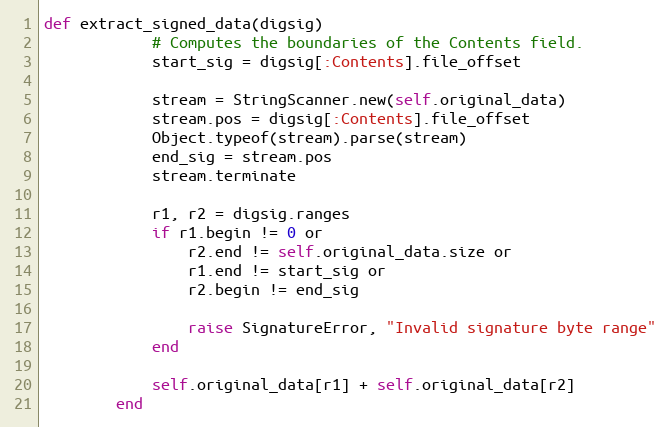
Language: Ruby
def extract_signed_data(digsig)
            # Computes the boundaries of the Contents field.
            start_sig = digsig[:Contents].file_offset

            stream = StringScanner.new(self.original_data)
            stream.pos = digsig[:Contents].file_offset
            Object.typeof(stream).parse(stream)
            end_sig = stream.pos
            stream.terminate

            r1, r2 = digsig.ranges
            if r1.begin != 0 or
                r2.end != self.original_data.size or
                r1.end != start_sig or
                r2.begin != end_sig

                raise SignatureError, "Invalid signature byte range"
            end

            self.original_data[r1] + self.original_data[r2]
        end